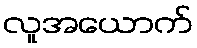
လူအယောက်